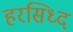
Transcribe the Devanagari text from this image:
हरसिध्द